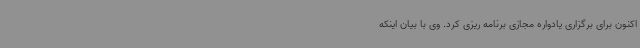
اکنون برای برگزاری یادواره مجازی برنامه ریزی کرد. وی با بیان اینکه